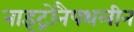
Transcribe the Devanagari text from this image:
नाइट्रोनैपथलीन